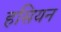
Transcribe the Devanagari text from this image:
हसियन